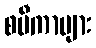
စပီကာများ